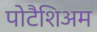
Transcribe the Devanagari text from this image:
पोटैशिअम